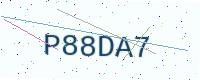
Text: P88DA7